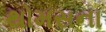
થોમસના